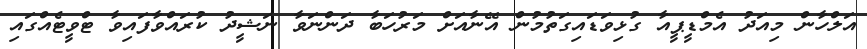
އަލްހާން މިއަދު އެމްޑީޕީއާ ގުޅިވަޑައިގަތުމުން އޭނާއަށް މަރުހަބާ ދަންނަވާ ނަޝީދު ކުރައްވާފައިވާ ޓްވީޓެއްގައި